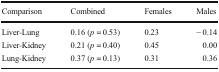
<table><thead><tr><td><b>Comparison</b></td><td><b>Combined</b></td><td><b>Females</b></td><td><b>Males</b></td></tr></thead><tbody><tr><td>Liver-Lung</td><td>0.16 (<i>p</i> = 0.53)</td><td>0.23</td><td>− 0.14</td></tr><tr><td>Liver-Kidney</td><td>0.21 (<i>p</i> = 0.40)</td><td>0.45</td><td>0.00</td></tr><tr><td>Lung-Kidney</td><td>0.37 (<i>p</i> = 0.13)</td><td>0.31</td><td>0.36</td></tr></tbody></table>